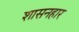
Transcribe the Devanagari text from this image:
शासनहार